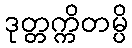
ဒုတ္တက္ကိတမ္ပိ